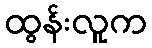
ထွန်းလူက